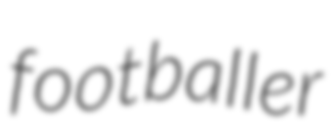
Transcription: footballer